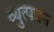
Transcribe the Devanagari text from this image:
व्युत्पन्नन